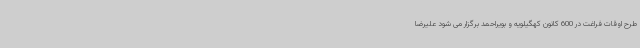
طرح اوقات فراغت در 600 کانون کهگیلویه و بویراحمد برگزار می شود علیرضا